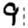
Digit: 9